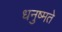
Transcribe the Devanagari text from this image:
धनुष्मते